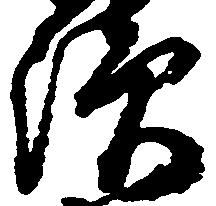
続